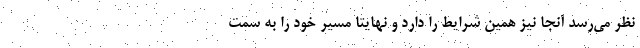
نظر می‌رسد آنجا نیز همین شرایط را دارد و نهایتا مسیر خود را به سمت